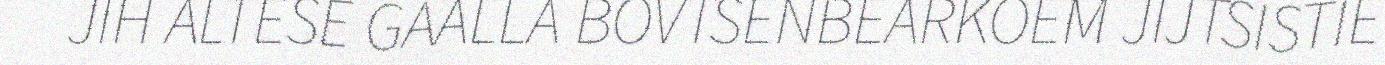
JIH ALTESE GAALLA BOVTSENBEARKOEM JIJTSISTIE